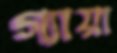
গ্যায়া